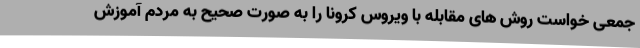
جمعی خواست روش های مقابله با ویروس کرونا را به صورت صحیح به مردم آموزش